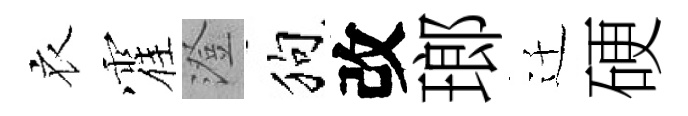
衣霍澄狗改瑯迁硬